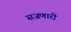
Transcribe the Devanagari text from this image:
सजणारी